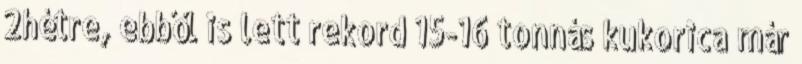
2hétre, ebből is lett rekord 15-16 tonnás kukorica már